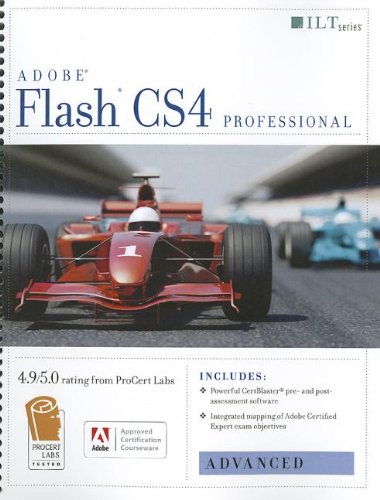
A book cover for Flash Cs4 Professional: Advanced + Certblaster (ILT); Computers & Technology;